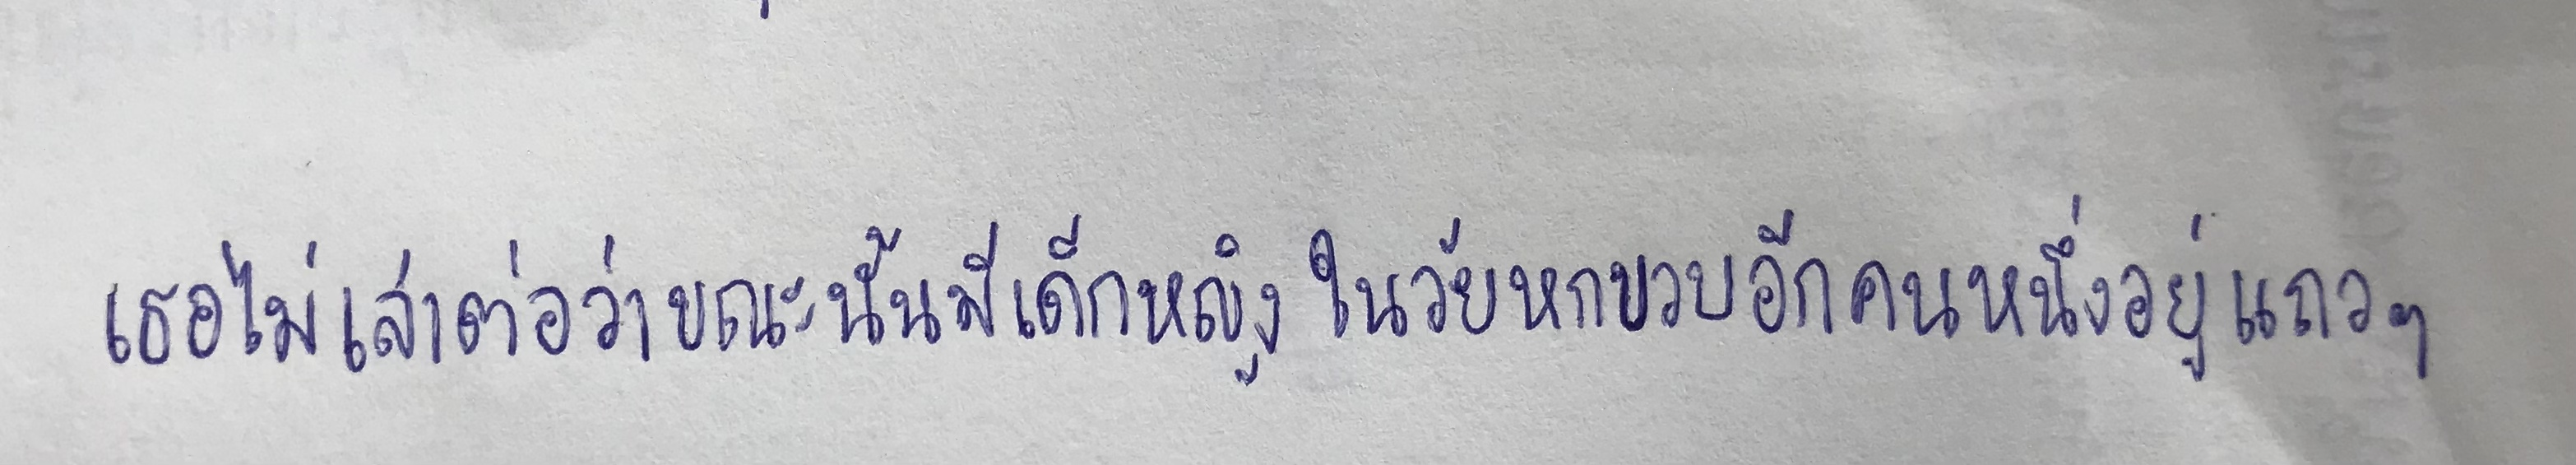
เธอไม่เล่าต่อว่าขณะนั้นมีเด็กหญิงในวัยหกขวบอีกคนหนึ่งอยู่แถวๆ